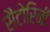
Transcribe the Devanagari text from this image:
सैंटोरिनी